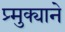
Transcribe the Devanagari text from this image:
प्र्मुक्याने